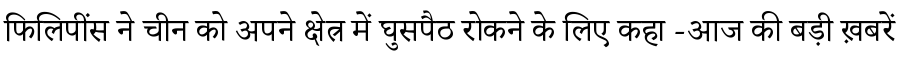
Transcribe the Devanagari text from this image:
फिलिपींस ने चीन को अपने क्षेत्र में घुसपैठ रोकने के लिए कहा -आज की बड़ी ख़बरें